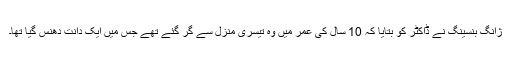
ژانگ بنسینگ نے ڈاکٹر کو بتایا کہ 10 سال کی عمر میں وہ تیسری منزل سے گر گئے تھے جس میں ایک دانت دھنس گیا تھا۔